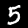
Digit: 5